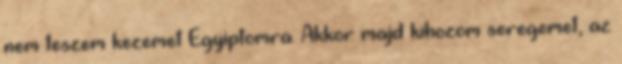
nem teszem kezemet Egyiptomra. Akkor majd kihozom seregemet, az